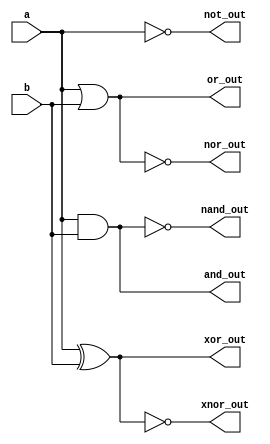
module gates(input wire a, b, output wire and_out, or_out, not_out, nand_out, nor_out, xor_out, xnor_out);
    // AND gate
    assign and_out = a & b;

    // OR gate
    assign or_out = a | b;

    // NOT gate
    assign not_out = ~a;

    // NAND gate
    assign nand_out = ~(a & b);

    // NOR gate
    assign nor_out = ~(a | b);

    // XOR gate
    assign xor_out = a ^ b;

    // XNOR gate
    assign xnor_out = ~(a ^ b);
endmodule